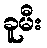
ခူမီး